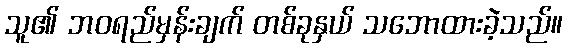
သူ၏ ဘဝရည်မှန်းချက် တစ်ခုနှယ် သဘောထားခဲ့သည်။